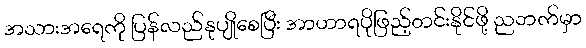
အသားအရေကို ပြန်လည်နုပျိုစေပြီး အာဟာရပိုဖြည့်တင်းနိုင်ဖို့ ညဘက်မှာ